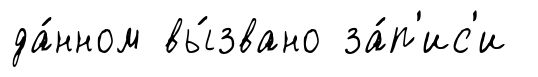
да́нном вы́звано за́п'ис'и